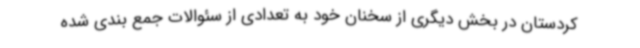
کردستان در بخش دیگری از سخنان خود به تعدادی از سئوالات جمع بندی شده